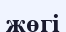
жөгі